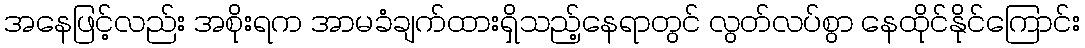
အနေဖြင့်လည်း အစိုးရက အာမခံချက်ထားရှိသည့်နေရာတွင် လွတ်လပ်စွာ နေထိုင်နိုင်ကြောင်း